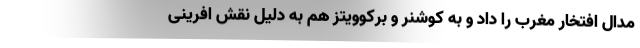
مدال افتخار مغرب را داد و به کوشنر و برکوویتز هم به دلیل نقش افرینی